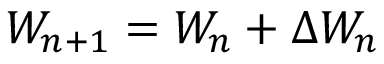
W _ { n + 1 } = W _ { n } + \Delta W _ { n }